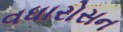
વધારોસન